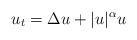
LaTeX: \begin{align*} u_t = \Delta u + |u|^\alpha u\end{align*}